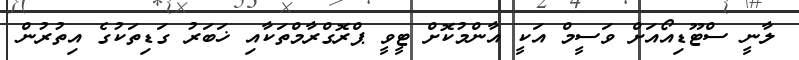
ލާނީ ސްޓޫޑިއޯއަށް ވަސީމް އަކީ އާންމުކޮށް ޓީވީ ޕްރޮގްރާމްތަކާއި ޚަބަރު ގަޑިތަކުގެ އިތުރުން